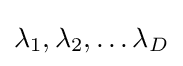
\lambda _{1},\lambda _{2},\ldots \lambda _{D}